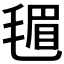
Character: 𪵟